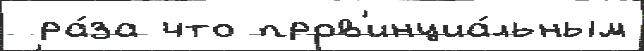
 ра́за что пров'инциа́льным